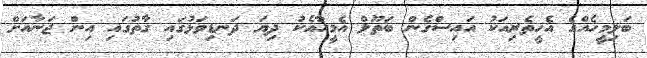
ބަލިމީހެއްގެ އެހީތެރިއަކު އައިސްގެން ބަތޫލް އެމީހާއެކު ދިޔަ ދަނޑިވަޅުގައި ގާތުގައި އިން ޖަނާއަށް